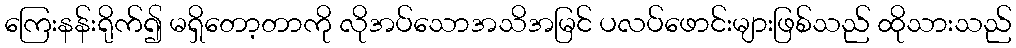
ကြေးနန်းရိုက်၍ မရှိတော့တာကို လိုအပ်သောအသိအမြင် ပလပ်ဖောင်းများဖြစ်သည် ထိုသားသည်